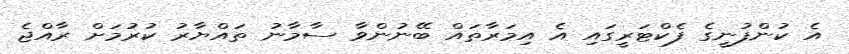
އެ ކުންފުނީގެ ފެކްޓަރީގައި އެ އިމަރާތައް ބޭނުންވާ ސާމާނު ތައްޔާރު ކުރުމަށް ރާއްޖެ